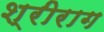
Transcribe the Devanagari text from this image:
श्रीराग